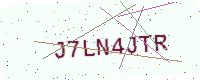
Text: J7LN4JTR